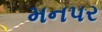
મનપર